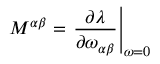
{ \cal M } ^ { \alpha \beta } = \left. \frac { \partial \lambda } { \partial \omega _ { \alpha \beta } } \right| _ { \omega = 0 }